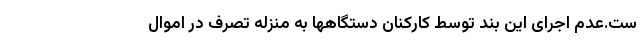
ست.عدم اجرای این بند توسط کارکنان دستگاهها به منزله تصرف در اموال